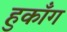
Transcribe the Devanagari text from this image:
हुकाँग